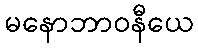
မနောဘာဝနီယေ